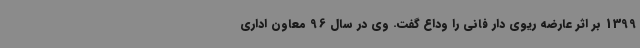
1399 بر اثر عارضه ریوی دار فانی را وداع گفت. وی در سال 96 معاون اداری